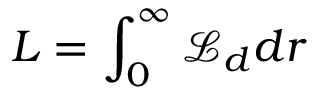
L = \int _ { 0 } ^ { \infty } \mathcal { L } _ { d } d r